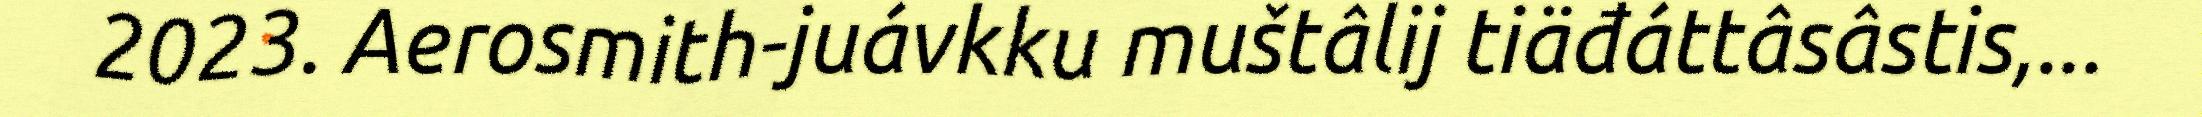
2023. Aerosmith-juávkku muštâlij tiäđáttâsâstis,...